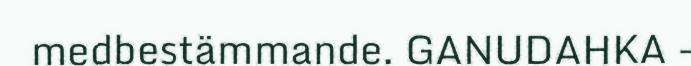
medbestämmande. GANUDAHKA -